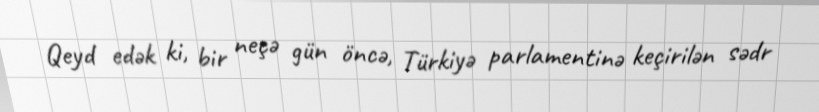
Qeyd edək ki, bir neçə gün öncə, Türkiyə parlamentinə keçirilən sədr